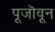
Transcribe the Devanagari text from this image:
पूजॊवून